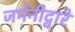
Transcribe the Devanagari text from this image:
जर्मनीद्वारे